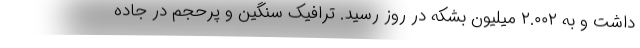
داشت و به ۲.۰۰۲ میلیون بشکه در روز رسید. ترافیک سنگین و پرحجم در جاده‌